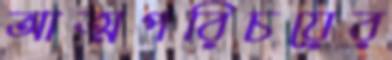
আত্মপরিচয়ের